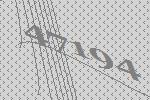
47194